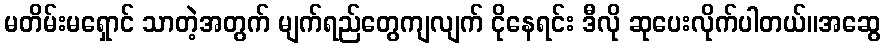
မတိမ်းမရှောင် သာတဲ့အတွက် မျက်ရည်တွေကျလျက် ငိုနေရင်း ဒီလို ဆုပေးလိုက်ပါတယ်။အဆွေ